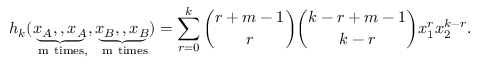
h _ { k } ( \underbrace { x _ { A } , \l , x _ { A } } _ { \mathrm { ~ m ~ t i m e s , } } , \underbrace { x _ { B } , \l , x _ { B } } _ { \mathrm { ~ m ~ t i m e s } } ) = \sum _ { r = 0 } ^ { k } { \binom { r + m - 1 } { r } } { \binom { k - r + m - 1 } { k - r } } x _ { 1 } ^ { r } x _ { 2 } ^ { k - r } .